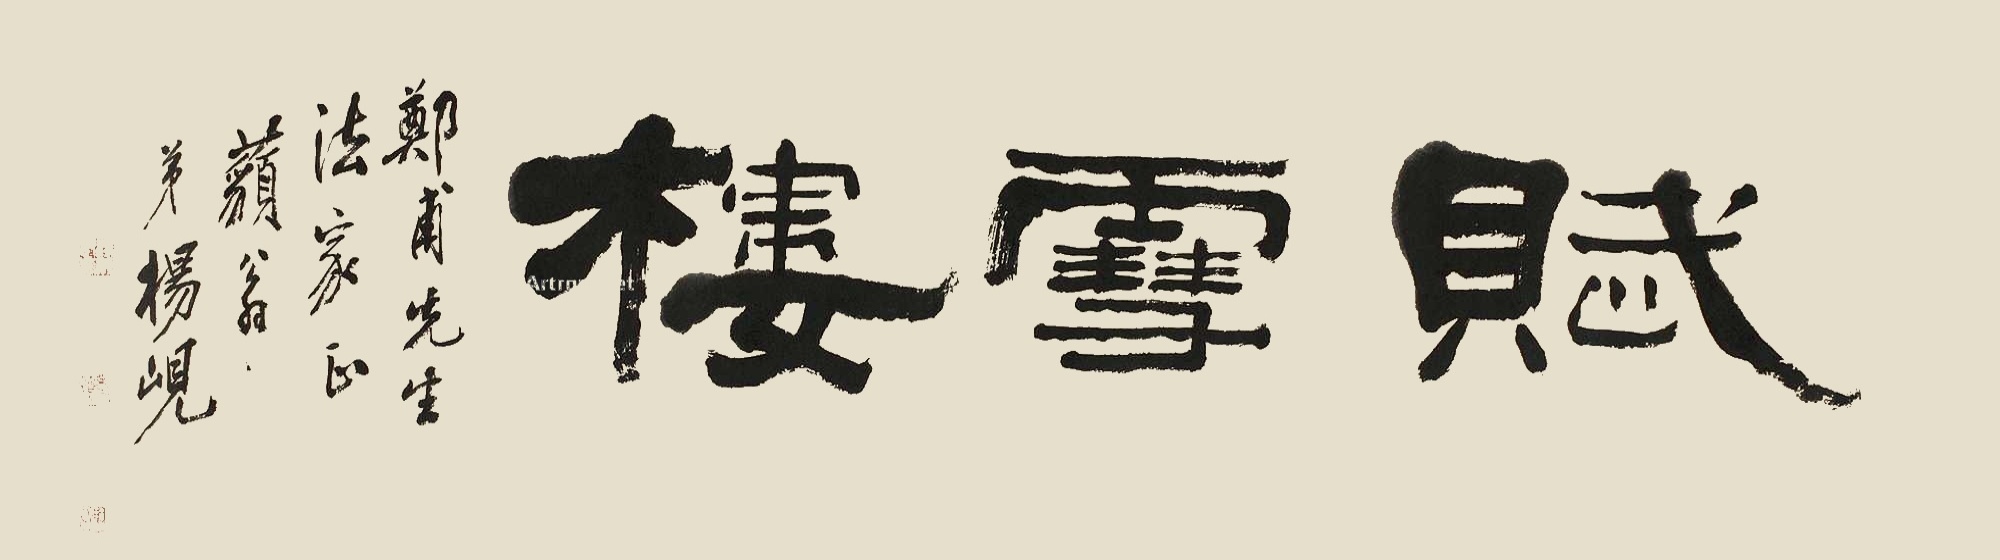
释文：赋雪楼。郑甫先生法家正，藐翁老弟杨岘。